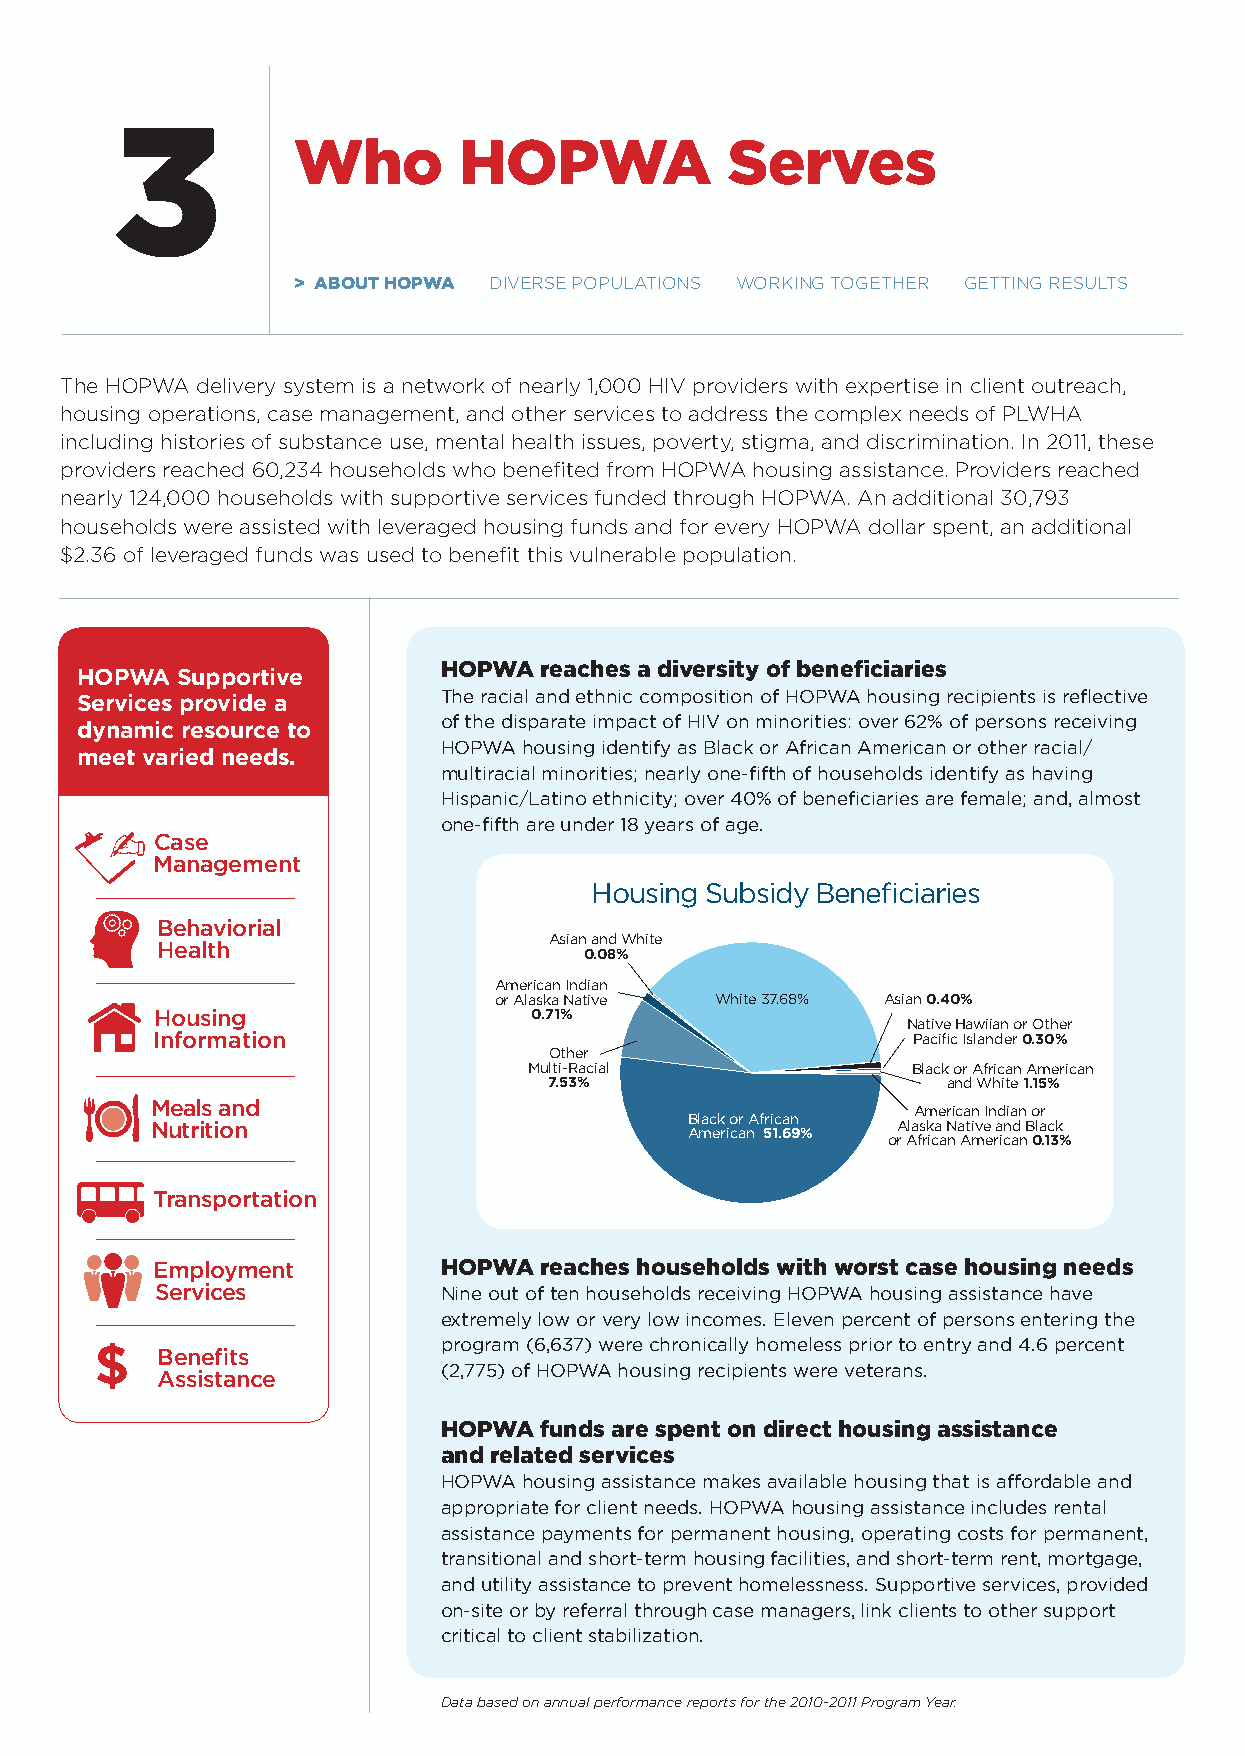
3
 Who        HOPWA             Serves
 > AbOut HOPWA dIVerse populatIons workIng togetHer gettIng results
 the Hopwa delivery system is a network of nearly 1,000 HIV providers with expertise in client outreach,
 housing operations, case management, and other services to address the complex needs of plwHa
 including histories of substance use, mental health issues, poverty, stigma, and discrimination. In 2011, these
 providers reached 60,234 households who benefited from Hopwa housing assistance. providers reached
 nearly 124,000 households with supportive services funded through Hopwa. an additional 30,793
 households were assisted with leveraged housing funds and for every Hopwa dollar spent, an additional
 $2.36 of leveraged funds was used to benefit this vulnerable population.
 HOPWA  reaches a diversity of beneficiaries
 HOPWA  Supportive
 Services provide a      The racial and ethnic composition of HOPWA housing recipients is reflective
 dynamic resource to     of the disparate impact of HIV on minorities: over 62% of persons receiving
 HOPWA housing identify as Black or African American or other racial/
 meet varied needs.
 multiracial minorities; nearly one-fifth of households identify as having
 Hispanic/Latino ethnicity; over 40% of beneficiaries are female; and, almost
 one-fifth are under 18 years of age.
 Case
 Management
 Housing Subsidy Beneficiaries
 Behaviorial
 Asian and White
 Health
 0.08%
 American Indian
 or Alaska Native White 37.68% Asian 0.40%
 Housing                  0.71%
 Native Hawiian or Other
 Information                                       Pacific Islander 0.30%
 Other
 Multi-Racial             Black or African American
 7.53%                      and White 1.15%
 Meals and
 American Indian or
 Black or African
 Nutrition                                        Alaska Native and Black
 American 51.69%
 or African American 0.13%
 Transportation
 Employment         HOPWA  reaches households with worst case housing needs
 Services           Nine out of ten households receiving HOPWA housing assistance have
 extremely low or very low incomes. Eleven percent of persons entering the
 $                      program (6,637) were chronically homeless prior to entry and 4.6 percent
 Benefits
 (2,775) of HOPWA housing recipients were veterans.
 Assistance
 HOPWA  funds are spent on direct housing assistance
 and related services
 HOPWA housing assistance makes available housing that is affordable and
 appropriate for client needs. HOPWA housing assistance includes rental
 assistance payments for permanent housing, operating costs for permanent,
 transitional and short-term housing facilities, and short-term rent, mortgage,
 and utility assistance to prevent homelessness. Supportive services, provided
 on-site or by referral through case managers, link clients to other support
 critical to client stabilization.
 Data based on annual performance reports for the 2010-2011 Program Year.